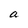
Character: a